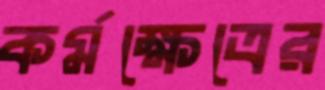
কর্মক্ষেত্রের